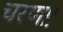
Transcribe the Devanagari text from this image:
चरण॥